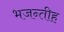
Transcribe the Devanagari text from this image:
भजन्तीह